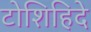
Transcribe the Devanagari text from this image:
टोशिहिदे